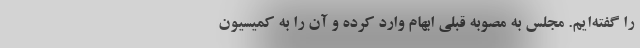
را گفته‌ایم. مجلس به مصوبه قبلی ابهام وارد کرده و آن را به کمیسیون